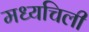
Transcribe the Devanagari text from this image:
मध्यचिली